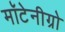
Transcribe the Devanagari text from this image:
मॉटेनीग्रो